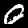
Digit: 0